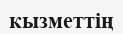
кызметтің